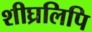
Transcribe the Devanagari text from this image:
शीघ्रलिपि